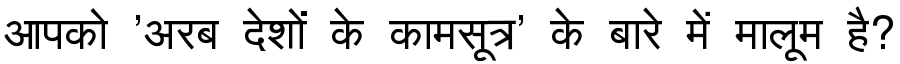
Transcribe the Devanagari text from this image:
आपको 'अरब देशों के कामसूत्र' के बारे में मालूम है?